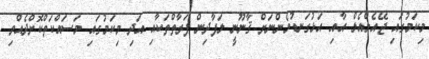
މިކަމުގައި ޖޭއެލްއެލް އާއި އަޅުގަނޑުމެންނަށް ޤާނޫނީ ލަފާދިން ފަރާތްތަކާއި އަދި މިކަމުގައި މަސައްކަތްކޮށްދެއްވި